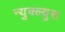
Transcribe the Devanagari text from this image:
न्युक्ल्युस